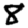
Digit: 8